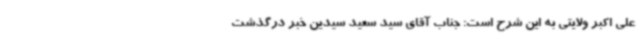
علی اکبر ولایتی به این شرح است: جناب آقای سید سعید سیدین خبر درگذشت